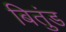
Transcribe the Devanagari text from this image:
बितुंड